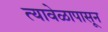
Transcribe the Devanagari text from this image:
त्यावेळापासून